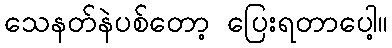
သေနတ်နဲပစ်တော့ ပြေးရတာပေါ့။